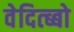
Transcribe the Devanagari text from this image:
वेदित्ब्बो